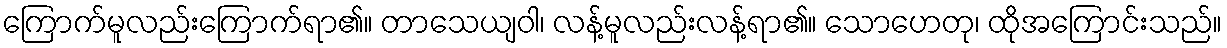
ကြောက်မူလည်းကြောက်ရာ၏။ တာသေယျဝါ၊ လန့်မူလည်းလန့်ရာ၏။ သောဟေတု၊ ထိုအကြောင်းသည်။